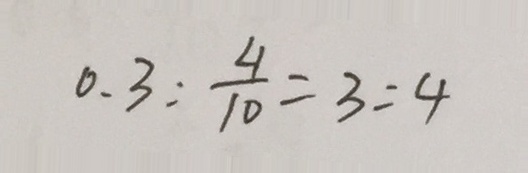
0 . 3 : \frac { 4 } { 1 0 } = 3 : 4